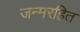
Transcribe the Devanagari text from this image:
जन्मरहित